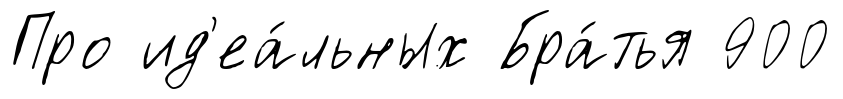
Про ид'еа́льных Бра́тья 900